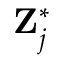
\mathbf { Z } _ { j } ^ { \ast }